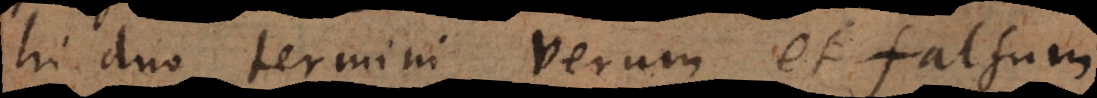
hi duo termini verum et falsum